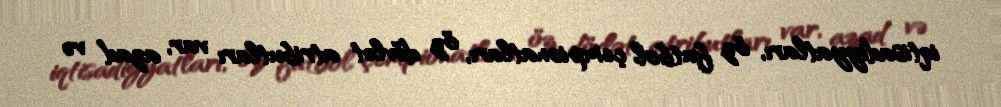
iqtisadiyyatları, öz futbol çempionatları, öz dövlət atributları var, azad və